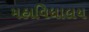
મહાવિધાલય